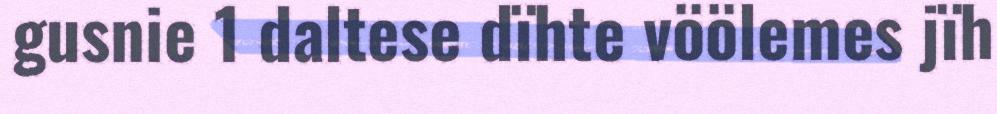
gusnie 1 daltese dïhte vöölemes jïh